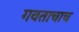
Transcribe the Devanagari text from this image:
गवताचाच